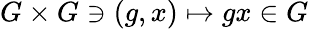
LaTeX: G\times G\ni(g,x)\mapsto gx\in G